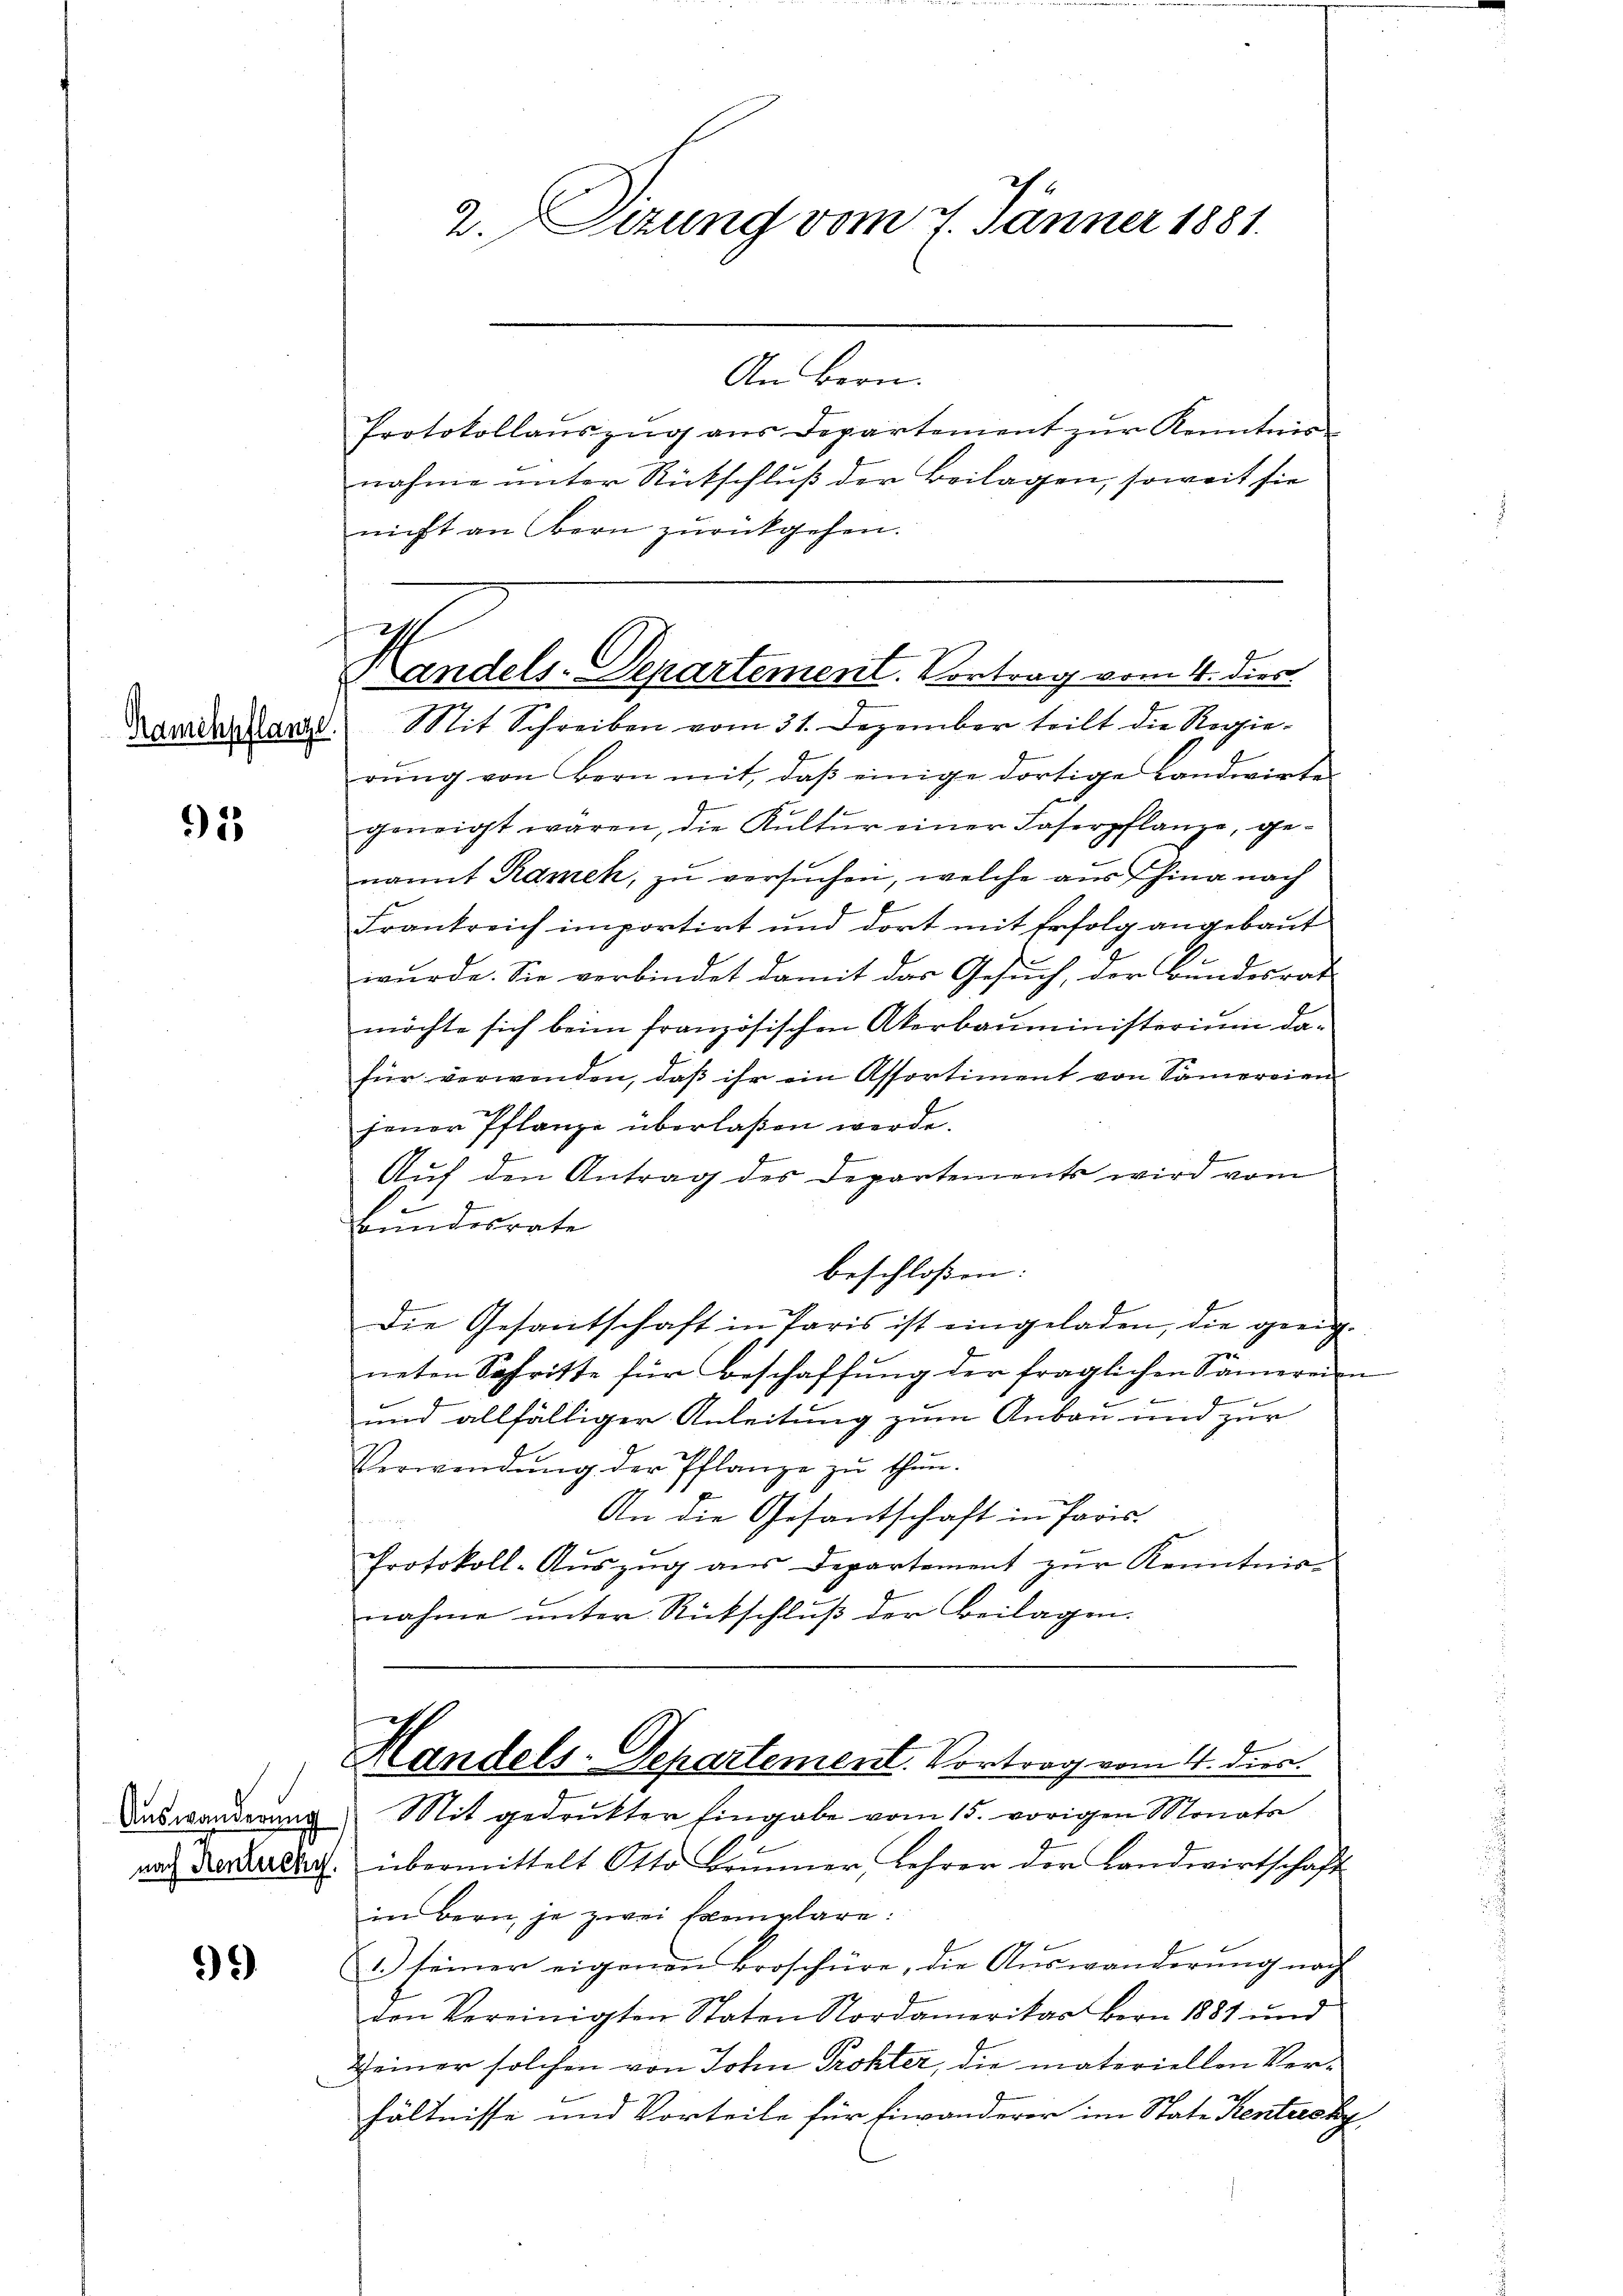
Ramchpflanze.

1

96)

2. Sizung vom 4. Jänner 1881.

An Bern.
Protokollanszŭg aŭs Departement zŭr Kenntnis
nahme unter Rückschluß der Beilagen, soweit sie
nicht an Bern zurückgehen.
rŭng von Bern mit, daβ einige dortige Landwirte
d
se
geneigt wären, die Kultur einer Faserpflanze, genannt Ramek, zu versuchen, welche aus hina nach
Frankreich importirt und dort mit Erfolg angebaut
wurde. Sie verbindet damit das Gesuch, der Bundesrat
möchte sich beim französischen Akerbauministerium dafür verwenden, daß ihr ein Assortiment von Samereien
jener Pflanze überlaßen werde.
Aŭf den Antrag des Departements wird vom
e
Bundesrate
beschloßen:
Die Gesantschaft in Paris ist eingeladen, die geeigneten Schritte für Beschaffŭng der fraglichen Sämereien
.
und allfälliger Anleitung zum Anbau und zur
Verwendŭng der Pflanze zŭ thŭn.
An die Gesantschaft in Paris
 a 175
Protokoll-Aŭszŭg aŭs Departement zŭr Kenntnis
nahme unter Rückschluß der Beilagen.
Handels-Departement. Vortrag vom 4. dies
Daswanderung Mit gedruckter Eingabe vom 15. vorigen Monats
ar Vertrag übermittelt Otto kommer, Lehrer der Landwirtschaft
in Bern, je zwei Exemplare:
1.) seiner eigenen Broschüre, die Aŭswanderŭng nach
den Vereinigten Staten Nordamerikar Bern 1887 und
Seiner solchen von John Prokter, die materiellen Ver¬
2
hältnisse und Vorteile für Finanderer im State Rentersky,

Handels-Departement. Vortrag vom 4. dies
Mit Schreiben vom 31. Dezember teilt die Regie¬